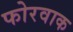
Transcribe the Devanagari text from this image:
फोरवाक